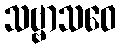
သဗ္ဗာသဝေ